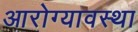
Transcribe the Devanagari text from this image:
आरोग्यावस्था